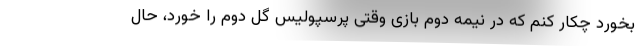
بخورد چکار کنم که در نیمه دوم بازی وقتی پرسپولیس گل دوم را خورد، حال